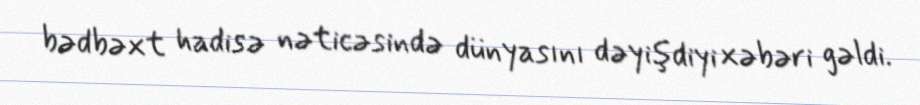
bədbəxt hadisə nəticəsində dünyasını dəyişdiyi xəbəri gəldi.